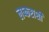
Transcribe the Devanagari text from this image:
लष्कराशी